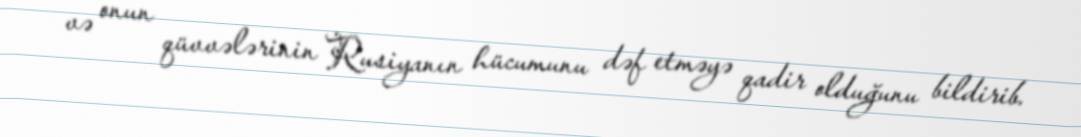
və onun qüvvələrinin Rusiyanın hücumunu dəf etməyə qadir olduğunu bildirib.